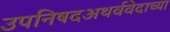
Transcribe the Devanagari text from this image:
उपनिषदअथर्ववेदाच्या